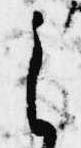
之